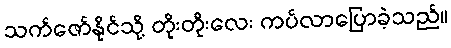
သက်ဇော်နိုင်သို့ တိုးတိုးလေး ကပ်လာပြောခဲ့သည်။